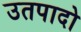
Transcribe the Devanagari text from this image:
उतपादो